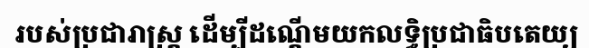
របស់ប្រជារាស្ត្រ ដើម្បីដណ្តើមយកលទ្ធិប្រជាធិបតេយ្យ